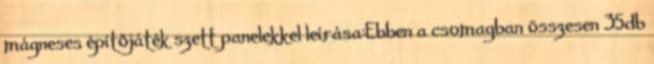
mágneses építőjáték szett panelekkel leírása:Ebben a csomagban összesen 35db